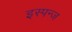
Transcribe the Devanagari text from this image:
इस्पन्ज